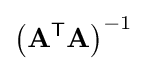
\left(\mathbf {A} ^{\textsf {T}}\mathbf {A} \right)^{-1}